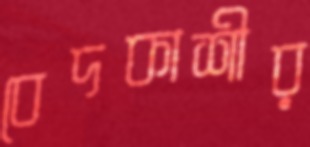
বেদকাশীর